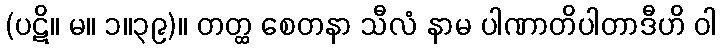
(ပဋိ။ မ။ ၁။၃၉)။ တတ္ထ စေတနာ သီလံ နာမ ပါဏာတိပါတာဒီဟိ ဝါ